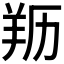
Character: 𦍠